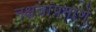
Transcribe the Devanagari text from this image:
नक्षत्रांप्रमाणे